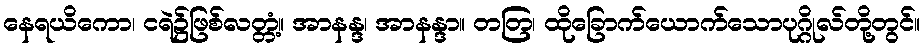
နေရယိကော၊ ငရဲ၌ဖြစ်လတ္တံ့။ အာနန္ဒ၊ အာနန္ဒာ။ တတြ၊ ထိုခြောက်ယောက်သောပုဂ္ဂိုလ်တို့တွင်။